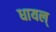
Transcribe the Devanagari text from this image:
धायल्